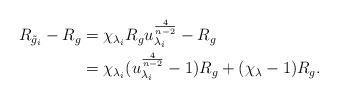
LaTeX: \begin{align*} R_{\tilde g_i}-R_g&=\chi_{\lambda_i}R_g u^\frac{4}{n-2}_{\lambda_i}-R_g\\ &=\chi_{\lambda_i}(u^\frac{4}{n-2}_{\lambda_i}-1)R_g + (\chi_\lambda-1)R_g.\end{align*}